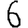
Digit: 6